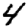
Digit: 4